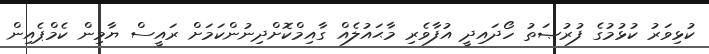
ކުޅިވަރު ކުޅުމުގެ ފުރުޞަތު ހޯދައިދީ އުފާވެރި މާޙައުލެއް ގާއިމްކޮށްދިނުންކަމަށް ރައީސް ޔާމިން ކެމްޕެއިން